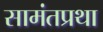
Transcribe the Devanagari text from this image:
सामंतप्रथा